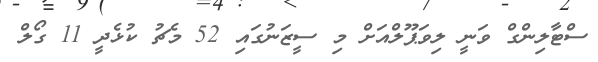
ސްޓާލިންގް ވަނީ ލިވަޕޫލްއަށް މި ސީޒަނުގައި 52 މެޗު ކުޅެދީ 11 ގޯލް